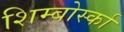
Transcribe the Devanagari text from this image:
शिम्बोर्स्का